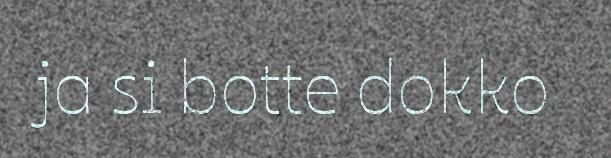
ja si botte dokko